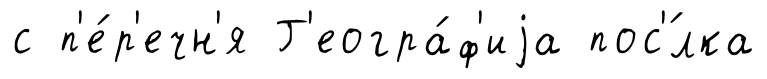
с п'е́р'ечн'я Г'еогра́ф'иjа пос'́лка